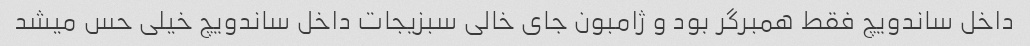
داخل ساندویچ فقط همبرگر بود و ژامبون جای خالی سبزیجات داخل ساندویچ خیلی حس میشد